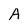
Character: A